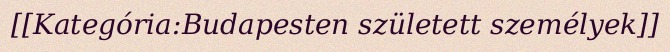
[[Kategória:Budapesten született személyek]]